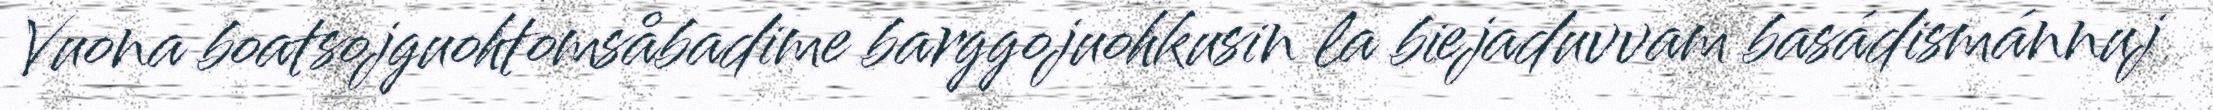
Vuona boatsojguohtomsåbadime barggojuohkusin la biejaduvvam basádismánnuj